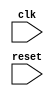
module axi_controller (
  input wire clk,
  input wire reset,
  // Add input/output ports for data transactions on AXI bus
);

  // Add components such as clock generators, delay elements, and synchronization logic

  // Implement logic to adhere to timing parameters specified in AXI protocol

  // Handle latency and clock domain crossing issues during data transfers

endmodule